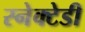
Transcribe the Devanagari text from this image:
स्नेक्टेडी